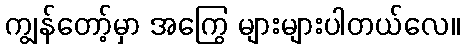
ကျွန်တော့်မှာ အကြွေ များများပါတယ်လေ။